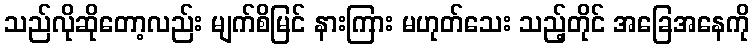
သည်လိုဆိုတော့လည်း မျက်စိမြင် နားကြား မဟုတ်သေး သည့်တိုင် အခြေအနေကို